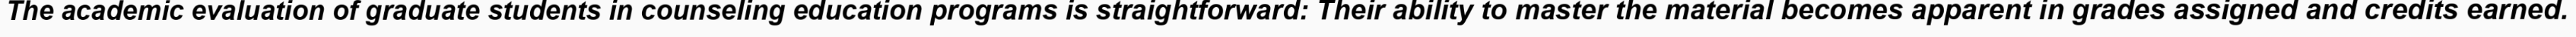
The academic evaluation of graduate students in counseling education programs is straightforward: Their ability to master the material becomes apparent in grades assigned and credits earned.